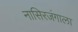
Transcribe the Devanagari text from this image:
नासिरजंगाला